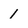
Character: 1